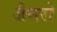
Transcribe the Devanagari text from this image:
जैमरो